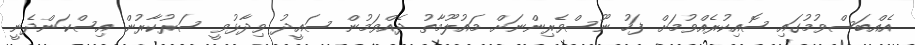
އެއްބަސްވުމުގައި ސޮއިކުރެއްވުމަށް ފަހު ނޫސްވެރިންނަށް މައުލޫމާތު ދެއްވަމުން ސައީދު ވިދާޅުވީ ސަރުކާރުން އިސްކަންދެނީ